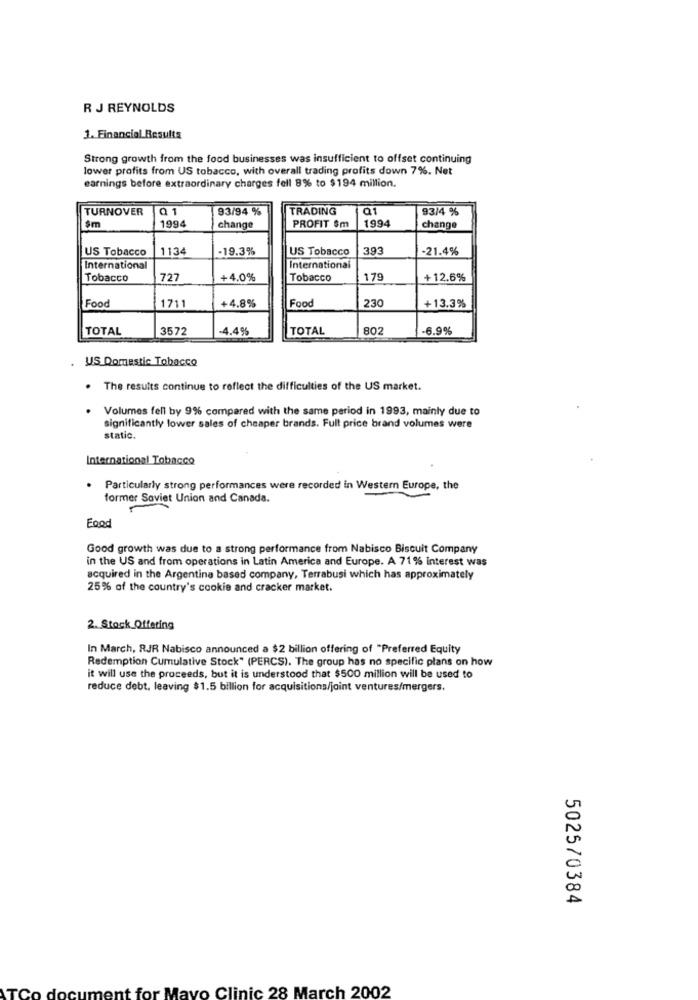
R J REYNOLDS
1. Financial Resulta
Strong growth from the food businesses was insufficient to offset continuing
lower profits from US tobacco, with overall trading profits down 7%. Net
earnings before extraordinary charges fell 8% to $194 million.
TURNOVER
Q1
93/94 %
TRADING
Q1
93/4 %
1994
1994
$m
change
PROFIT $m
change
US Tobacco
1134
-19.3%
US Tobacco
393
-21.4%
International
International
Tobacco
727
+4.0%
Tobacco
179
+12.6%
Food
Food
1711
+4.8%
230
+13.3%
TOTAL
3572
-4.4%
TOTAL
802
-6.9%
US Domestic Tobacco
. The results continue to reflect the difficulties of the US market.
Volumes fell by 9% compared with the same period in 1993, mainly due to
significantly lower sales of cheaper brands. Full price brand volumes were
static.
International Tobacco
. Particularly strong performances were recorded in Western Europe, the
former Soviet Union and Canada.
Food
Good growth was due to a strong performance from Nabisco Biscuit Company
in the US and from operations in Latin America and Europe. A 71% interest was
acquired in the Argentina based company, Terrabusi which has approximately
25% of the country's cookie and cracker market.
2. Stock Offering
In March, RJR Nabisco announced a $2 billion offering of "Preferred Equity
Redemption Cumulative Stock" (PERCS). The group has no specific plans on how
it will use the proceeds, but it is understood that $500 million will be used to
reduce debt, leaving $1.5 billion for acquisitions/joint ventures/mergers.
5025/0384
Mayo Clinic 28 March 2002
TCo
loc